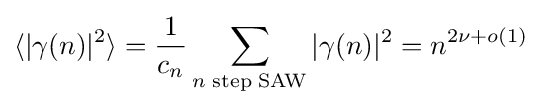
\langle |\gamma (n)|^{2}\rangle ={\frac {1}{c_{n}}}\sum _{n\;\mathrm {step\;SAW} }|\gamma (n)|^{2}=n^{2\nu +o(1)}